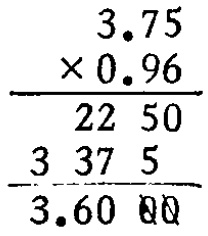
\[
\begin{array}{c}
3.75 \\
\times 0.96 \\
\hline
2250 \\
3375 \\
\hline
3.6000
\end{array}
\]